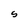
Character: S